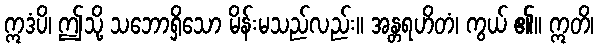
ဣဒံပိ၊ ဤသို့ သဘောရှိသော မိန်းမသည်လည်း။ အန္တရဟိတံ၊ ကွယ် ၏။ ဣတိ၊